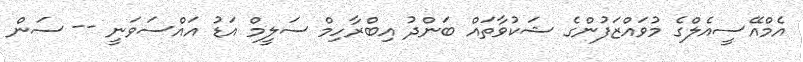
އެމްއޭސީއެލްގެ މުވައްޒަފުންގެ ޝަކުވާތައް ބަންދު އިބްރާހިމް ސަލީމް އަޑު އައްސަވަނީ -- ސަން